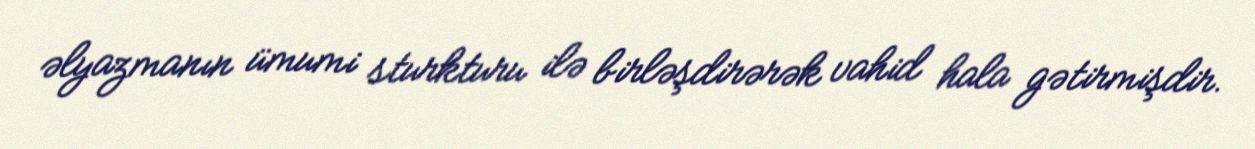
əlyazmanın ümumi sturkturu ilə birləşdirərək vahid hala gətirmişdir.